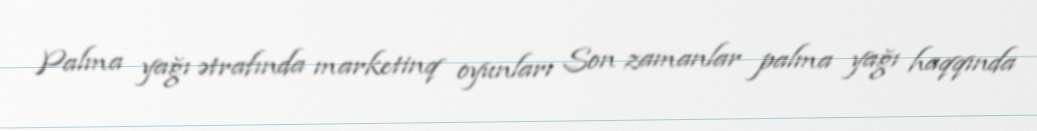
Palma yağı ətrafında marketinq oyunları Son zamanlar palma yağı haqqında